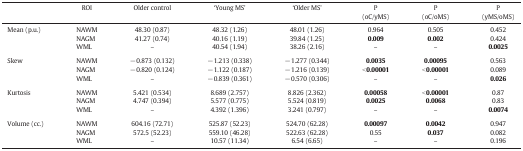
<table><thead><tr><td></td><td><b>ROI</b></td><td><b>Older control</b></td><td><b>‘Young MS’</b></td><td><b>‘Older MS’</b></td><td><b>P(oC/yMS)</b></td><td><b>P(oC/oMS)</b></td><td><b>P(yMS/oMS)</b></td></tr></thead><tbody><tr><td rowspan="3">Mean (p.u.)</td><td>NAWM</td><td>48.30 (0.87)</td><td>48.32 (1.26)</td><td>48.01 (1.26)</td><td>0.964</td><td>0.505</td><td>0.452</td></tr><tr><td>NAGM</td><td>41.27 (0.74)</td><td>40.16 (1.19)</td><td>39.84 (1.25)</td><td><b>0.009</b></td><td><b>0.002</b></td><td>0.424</td></tr><tr><td>WML</td><td>–</td><td>40.54 (1.94)</td><td>38.26 (2.16)</td><td>–</td><td>–</td><td><b>0.0025</b></td></tr><tr><td colspan="8">  </td></tr><tr><td rowspan="3">Skew</td><td>NAWM</td><td>− 0.873 (0.132)</td><td>− 1.213 (0.338)</td><td>− 1.277 (0.344)</td><td><b>0.0035</b></td><td><b>0.00095</b></td><td>0.563</td></tr><tr><td>NAGM</td><td>− 0.820 (0.124)</td><td>− 1.122 (0.187)</td><td>− 1.216 (0.139)</td><td><b>&lt; 0.00001</b></td><td><b>&lt; 0.00001</b></td><td>0.089</td></tr><tr><td>WML</td><td>–</td><td>− 0.839 (0.361)</td><td>− 0.570 (0.306)</td><td>–</td><td>–</td><td><b>0.026</b></td></tr><tr><td colspan="8">  </td></tr><tr><td rowspan="3">Kurtosis</td><td>NAWM</td><td>5.421 (0.534)</td><td>8.689 (2.757)</td><td>8.826 (2.362)</td><td><b>0.00058</b></td><td><b>&lt; 0.00001</b></td><td>0.87</td></tr><tr><td>NAGM</td><td>4.747 (0.394)</td><td>5.577 (0.775)</td><td>5.524 (0.819)</td><td><b>0.0025</b></td><td><b>0.0068</b></td><td>0.83</td></tr><tr><td>WML</td><td>–</td><td>4.392 (1.396)</td><td>3.241 (0.797)</td><td>–</td><td>–</td><td><b>0.0074</b></td></tr><tr><td colspan="8">  </td></tr><tr><td rowspan="3">Volume (cc.)</td><td>NAWM</td><td>604.16 (72.71)</td><td>525.87 (52.23)</td><td>524.70 (62.28)</td><td><b>0.00097</b></td><td><b>0.0042</b></td><td>0.947</td></tr><tr><td>NAGM</td><td>572.5 (52.23)</td><td>559.10 (46.28)</td><td>522.63 (62.28)</td><td>0.55</td><td><b>0.037</b></td><td>0.082</td></tr><tr><td>WML</td><td>–</td><td>10.57 (11.34)</td><td>6.54 (6.65)</td><td>–</td><td>–</td><td>0.196</td></tr></tbody></table>